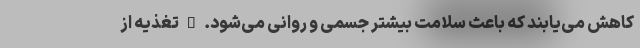
کاهش می‌یابند که باعث سلامت بیشتر جسمی و روانی می‌شود. • تغذیه از